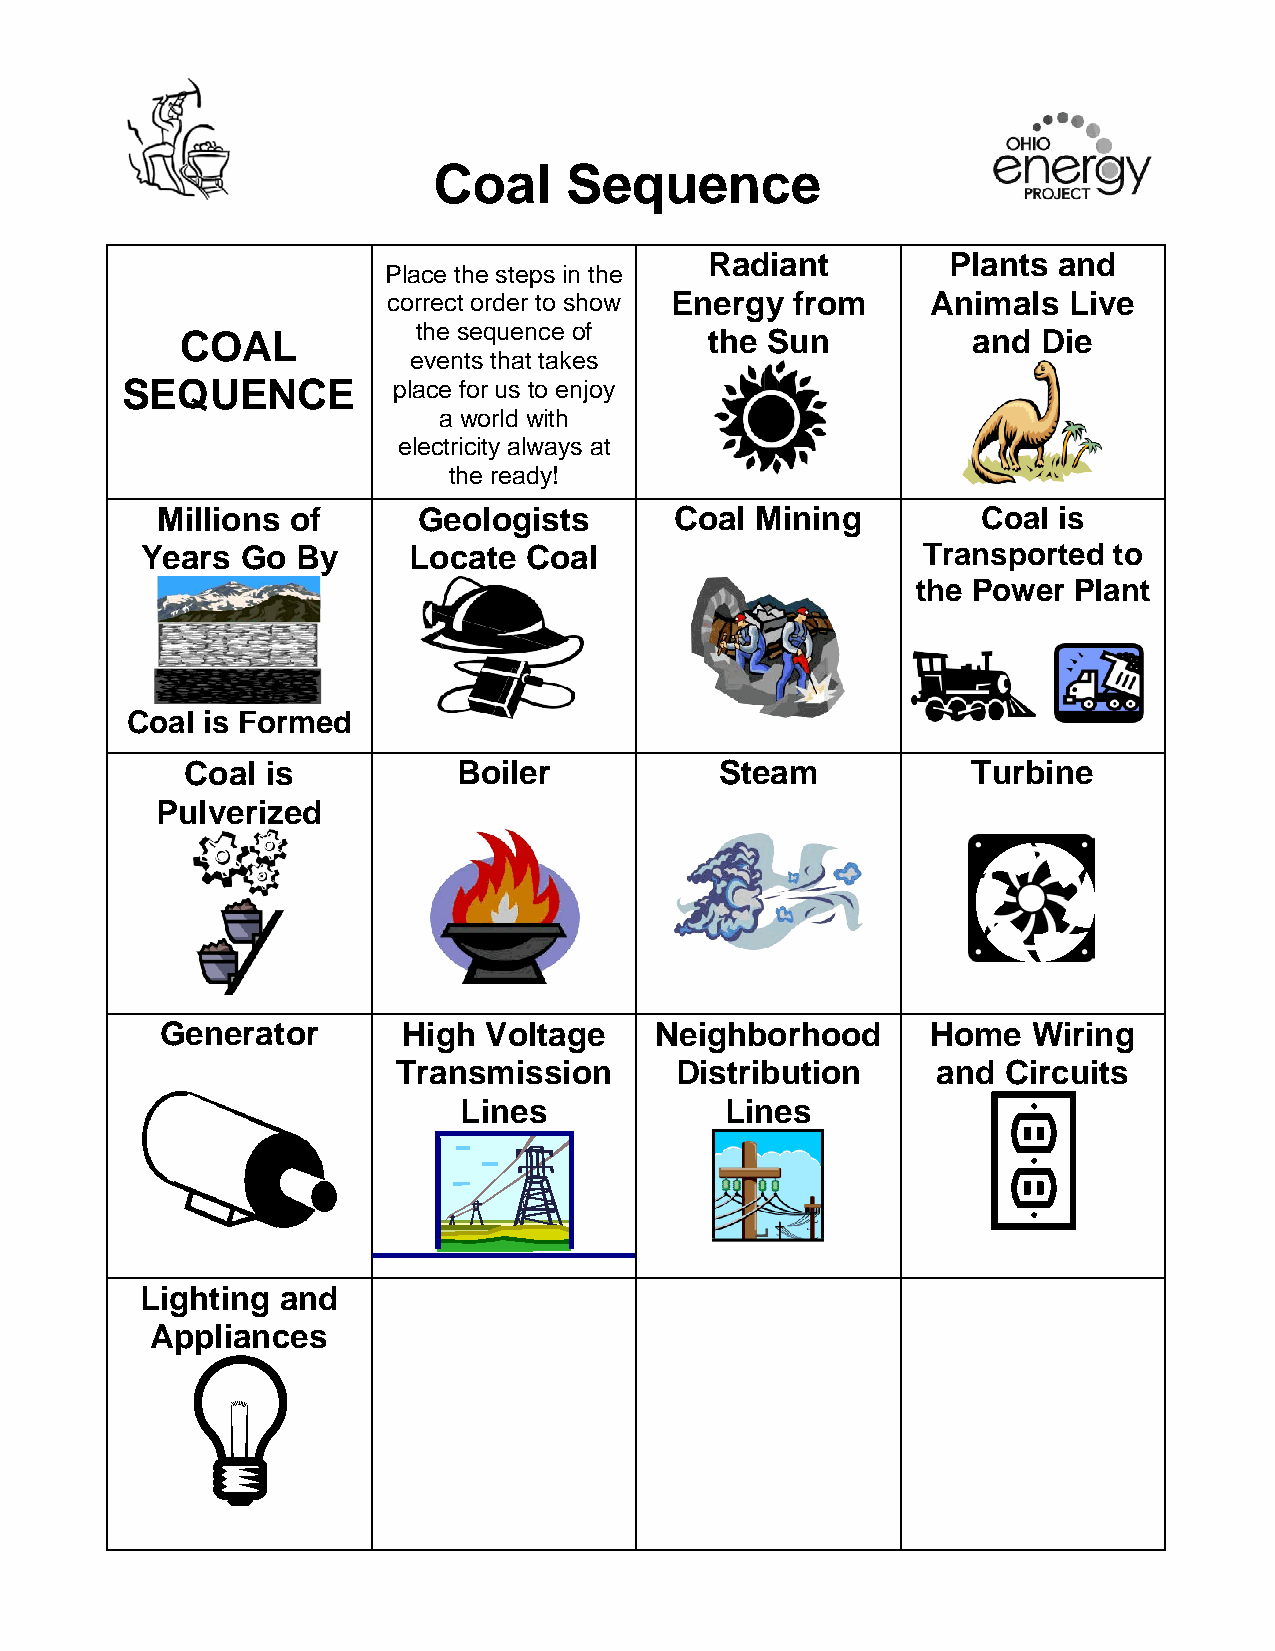
Coal    Sequence
 Radiant         Plants and
 Place the steps in the
 correct order to show Energy from   Animals  Live
 the sequence of
 COAL                               the Sun          and  Die
 events that takes
 SEQUENCE          place for us to enjoy
 a world with
 electricity always at
 the ready!
 Millions of       Geologists       Coal Mining         Coal is
 Years  Go  By     Locate  Coal                      Transported  to
 the Power Plant
 Coal is Formed
 Coal  is          Boiler            Steam           Turbine
 Pulverized
 Generator       High Voltage    Neighborhood       Home  Wiring
 Transmission       Distribution     and  Circuits
 Lines             Lines
 Lighting  and
 Appliances